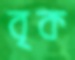
বৃক